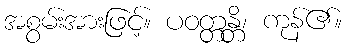
အစွမ်းအားဖြင့်။ ပဝတ္တန္တိ၊ ကုန်၏။